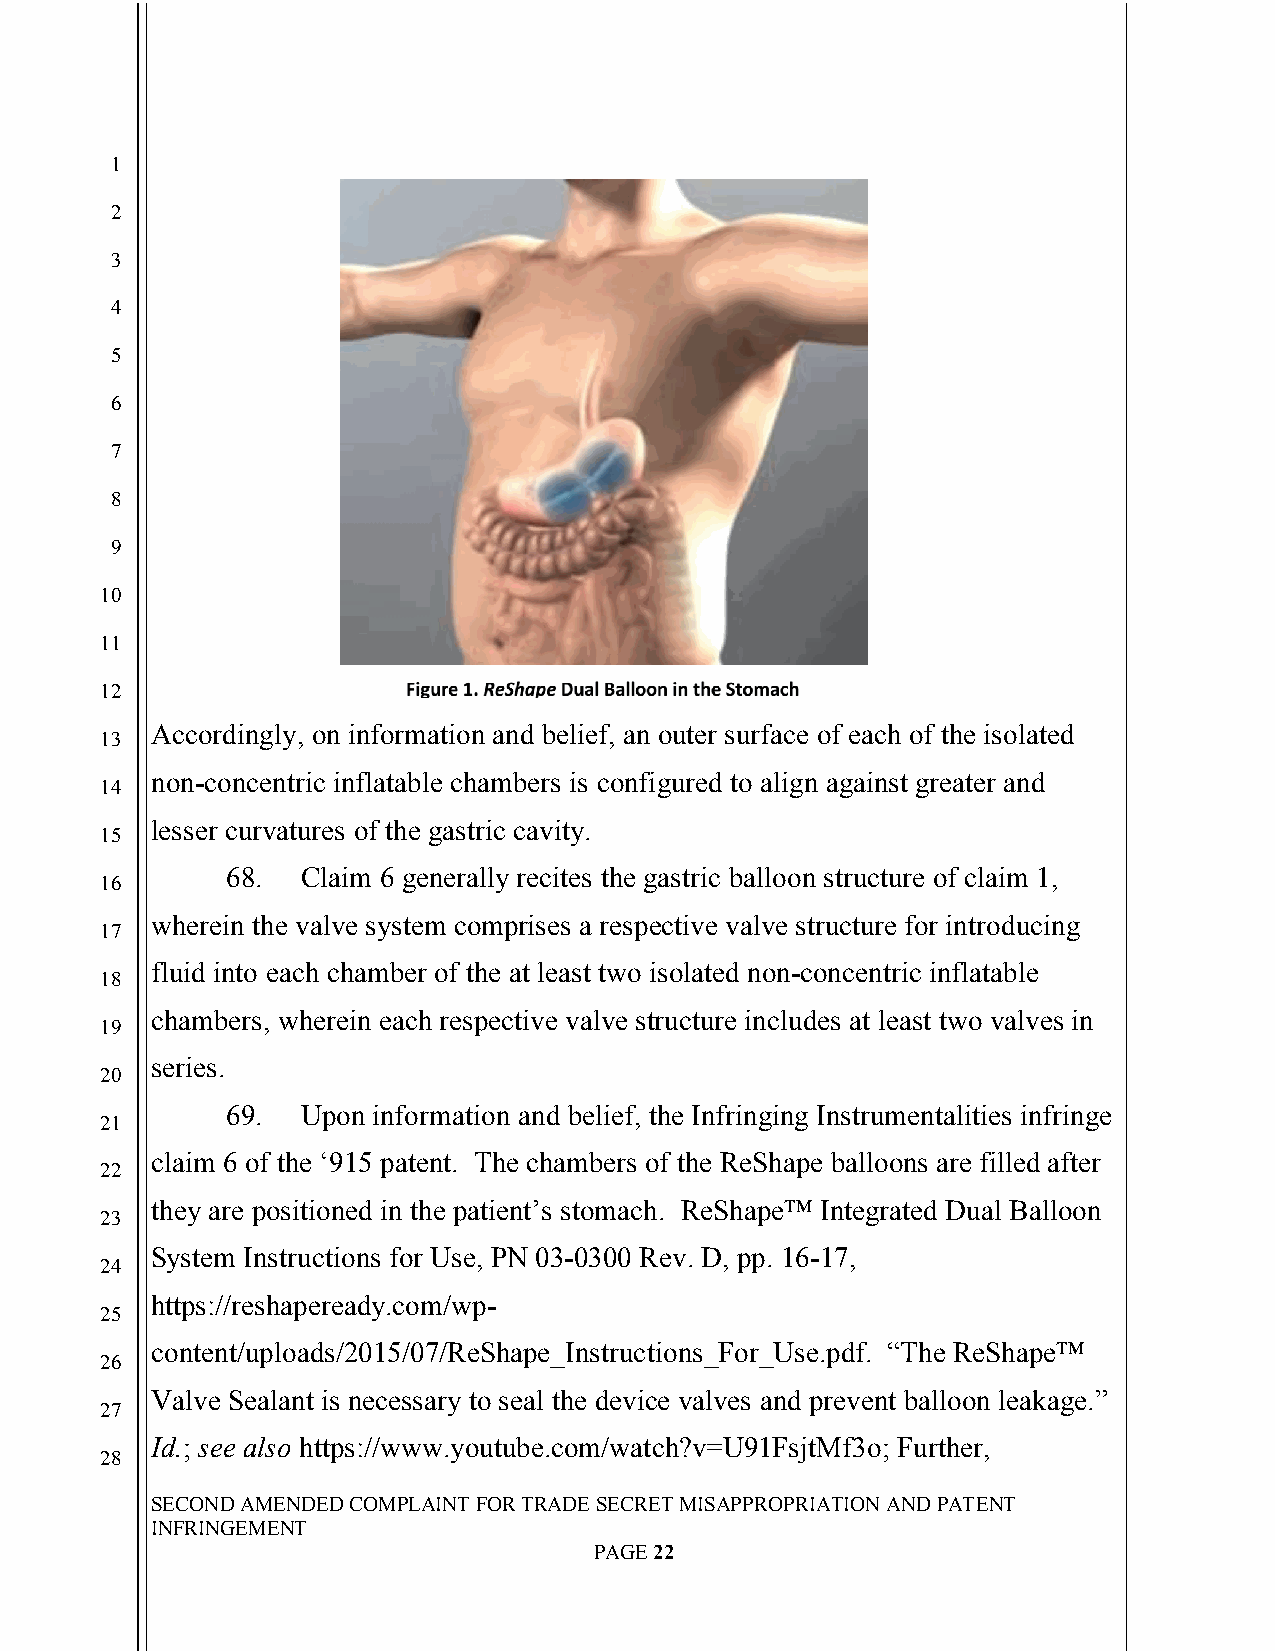
`
 1
 2
 3
 4
 5
 6
 7
 8
 9
 10
 11
 12
 Accordingly, on information and belief, an outer surface of each of the isolated
 13
 non-concentric inflatable chambers is configured to align against greater and
 14
 lesser curvatures of the gastric cavity.
 15
 68.  Claim 6 generally recites the gastric balloon structure of claim 1,
 16
 wherein the valve system comprises a respective valve structure for introducing
 17
 fluid into each chamber of the at least two isolated non-concentric inflatable
 18
 chambers, wherein each respective valve structure includes at least two valves in
 19
 series.
 20
 69.  Upon information and belief, the Infringing Instrumentalities infringe
 21
 claim 6 of the ‘915 patent. The chambers of the ReShape balloons are filled after
 22
 they are positioned in the patient’s stomach. ReShape™ Integrated Dual Balloon
 23
 System Instructions for Use, PN 03-0300 Rev. D, pp. 16-17,
 24
 https://reshapeready.com/wp-
 25
 content/uploads/2015/07/ReShape_Instructions_For_Use.pdf. “The ReShape™
 26
 Valve Sealant is necessary to seal the device valves and prevent balloon leakage.”
 27
 Id.; see also https://www.youtube.com/watch?v=U91FsjtMf3o; Further,
 28
 SECOND AMENDED COMPLAINT FOR TRADE SECRET MISAPPROPRIATION AND PATENT
 INFRINGEMENT
 PAGE 22